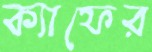
ক্যাফের